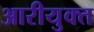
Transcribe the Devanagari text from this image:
आरीयुक्त